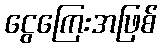
ငွေကြေးအဖြစ်